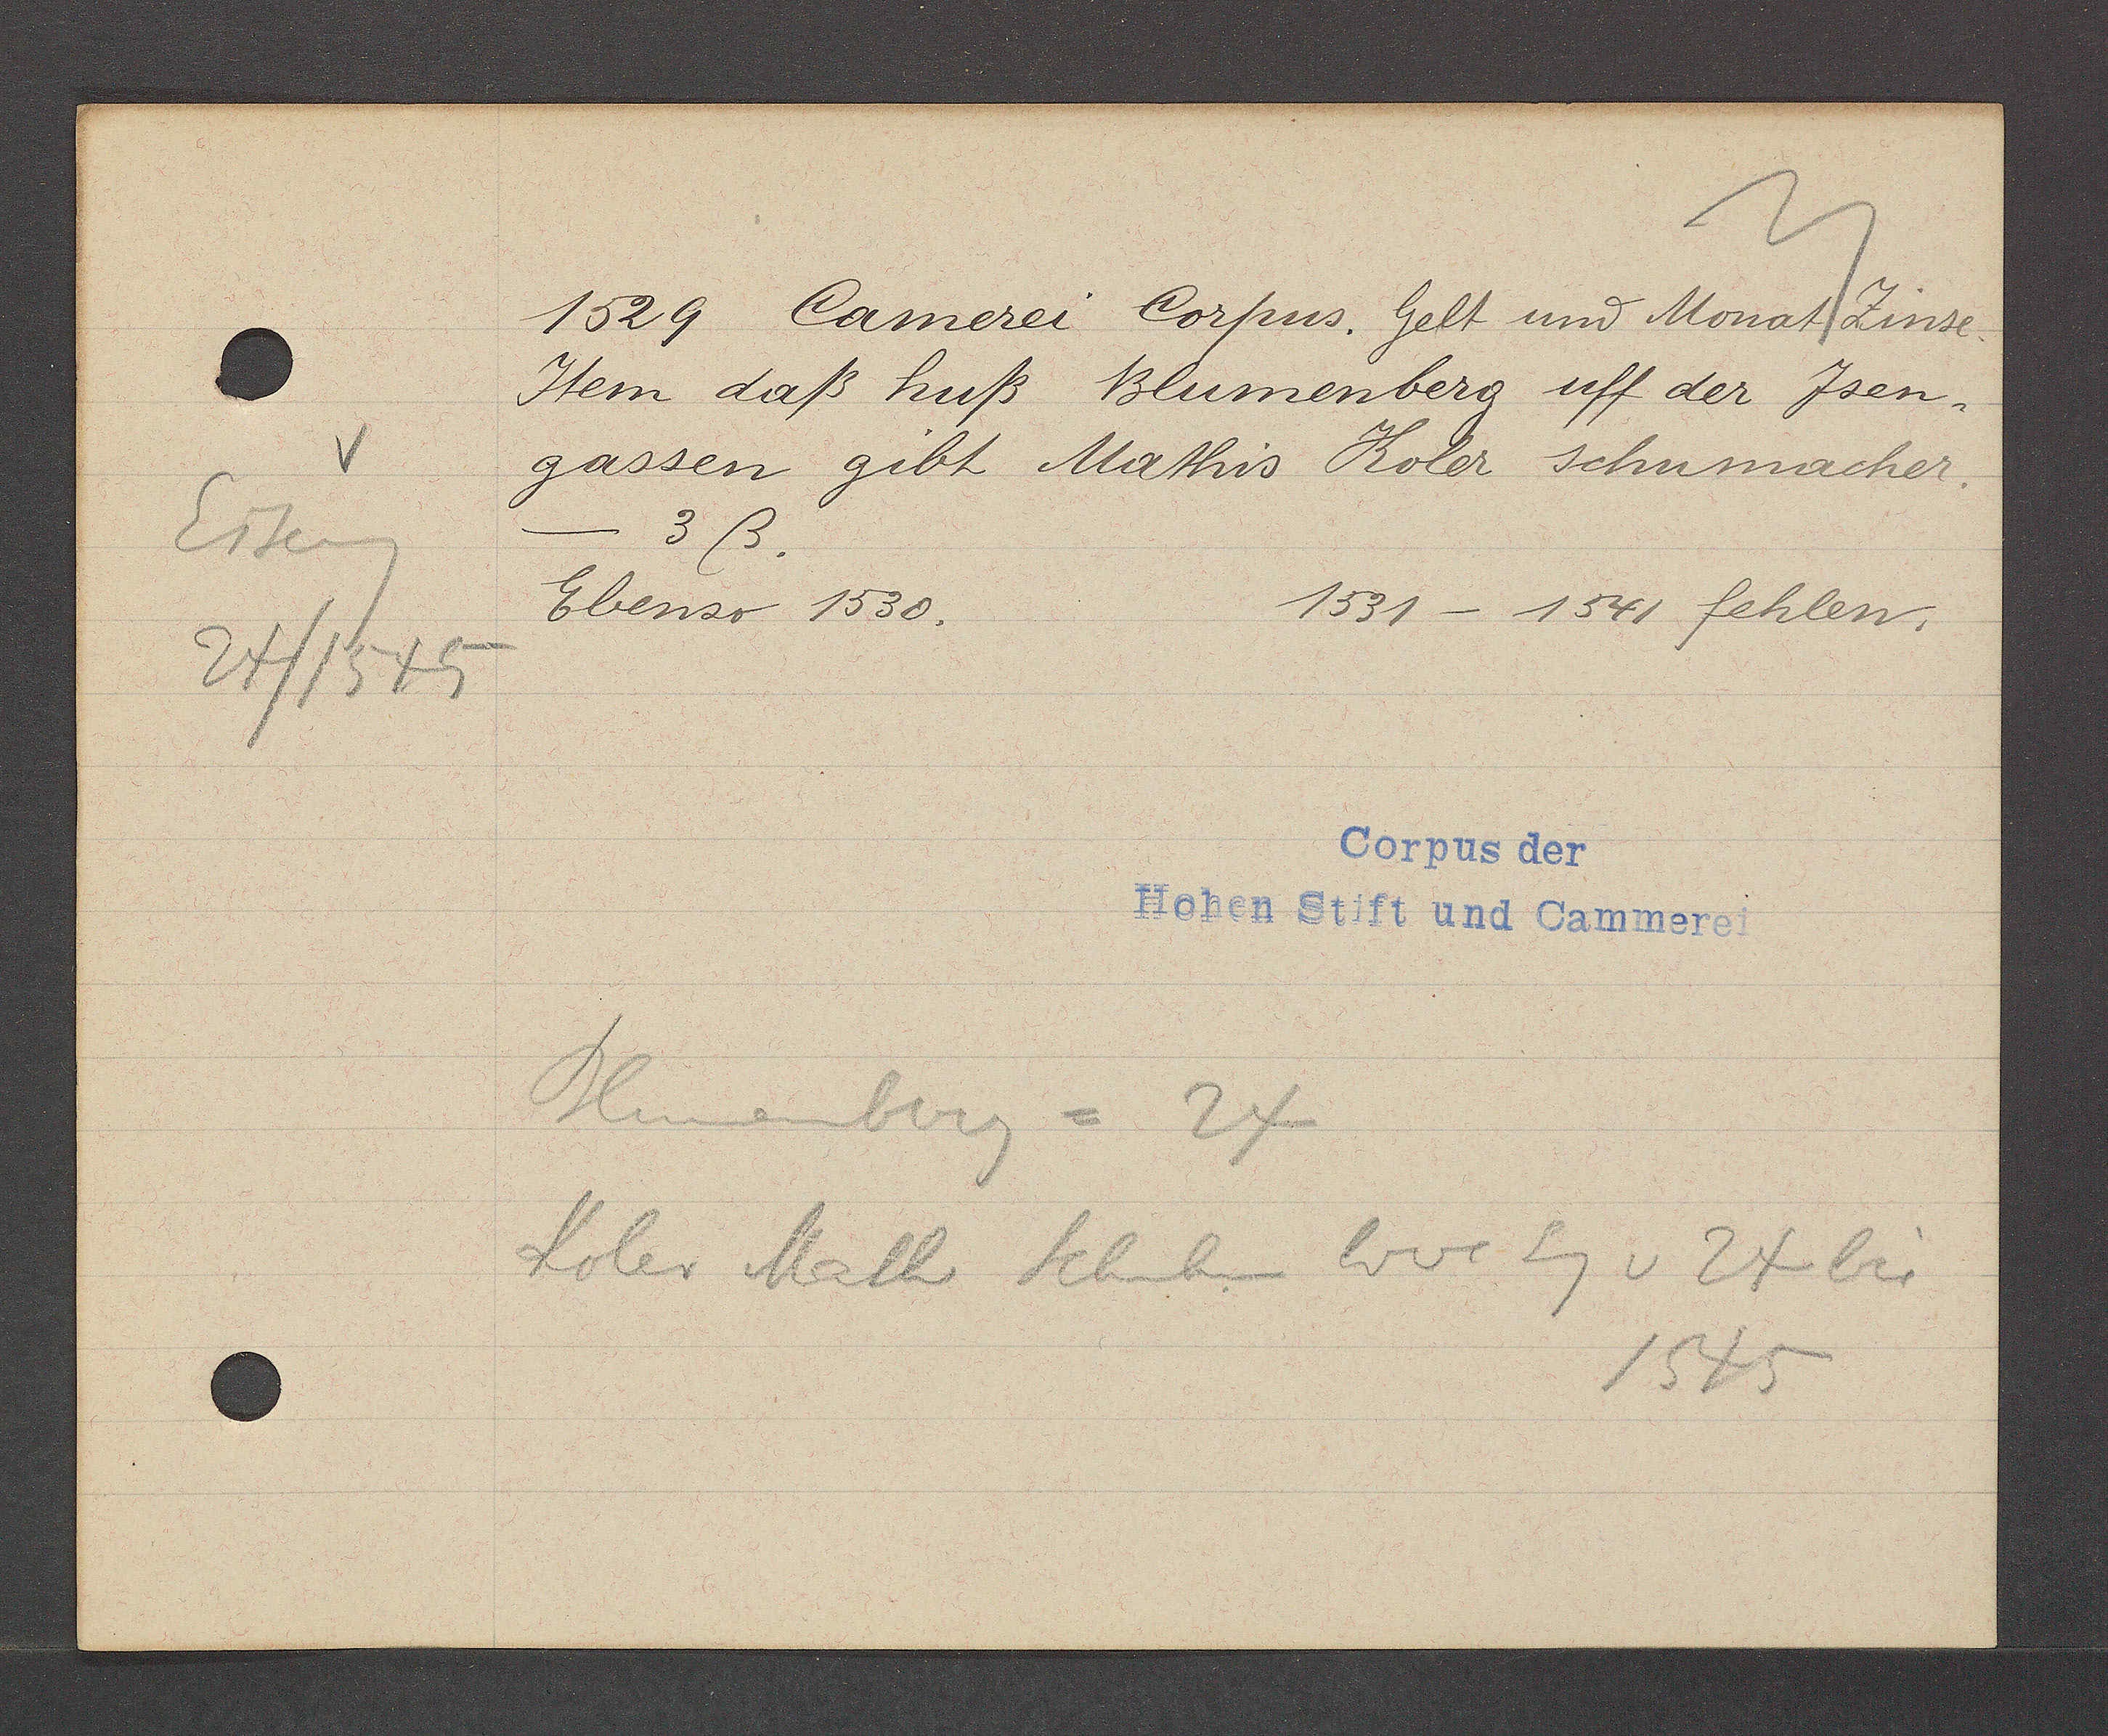
Transcript:
Eiseng
24/1545

1529 Camerei Corpus. Gelt und Monat Zinse
Item daß huß Blumenberg uff der Jsen¬
gassen gibt Mathis Koler schumacher.
- 3ß.
Ebenso 1530.
1531 - 1541 fehlen.
Blumenberg = 24
Koler Math. Schuhm Wwe Eig v 24 bis
1545